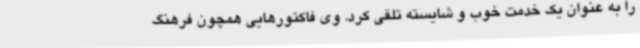
را به عنوان یک خدمت خوب و شایسته تلقی کرد. وی فاکتورهایی همچون فرهنگ